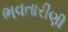
ભવતારીણી